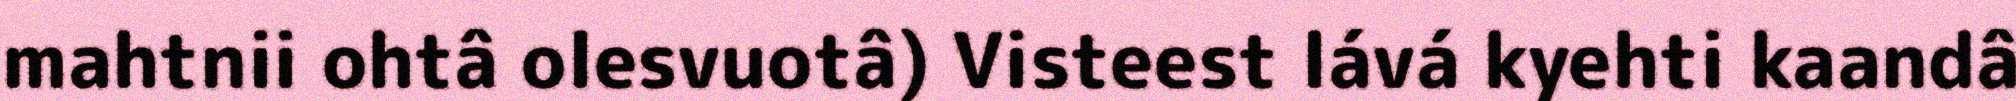
mahtnii ohtâ olesvuotâ) Visteest lává kyehti kaandâ